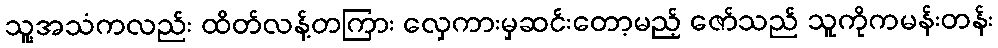
သူ့အသံကလည်း ထိတ်လန့်တကြား လှေကားမှဆင်းတော့မည့် ဇော်သည် သူကိုကမန်းတန်း